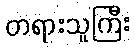
တရားသူကြီး